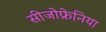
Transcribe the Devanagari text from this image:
सीजोफ्रेनिया